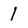
Character: l